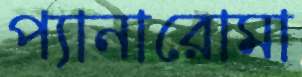
প্যানারোমা